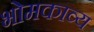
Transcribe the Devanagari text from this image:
भोमकाव्य